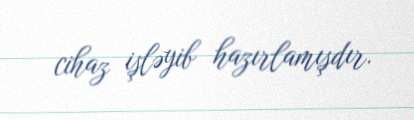
cihaz işləyib hazırlamışdır.